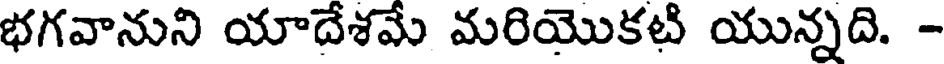
భగవానుని యాదేశమే మరియొకటి యున్నది. -